Tartu_linnavalitsus, lk 24
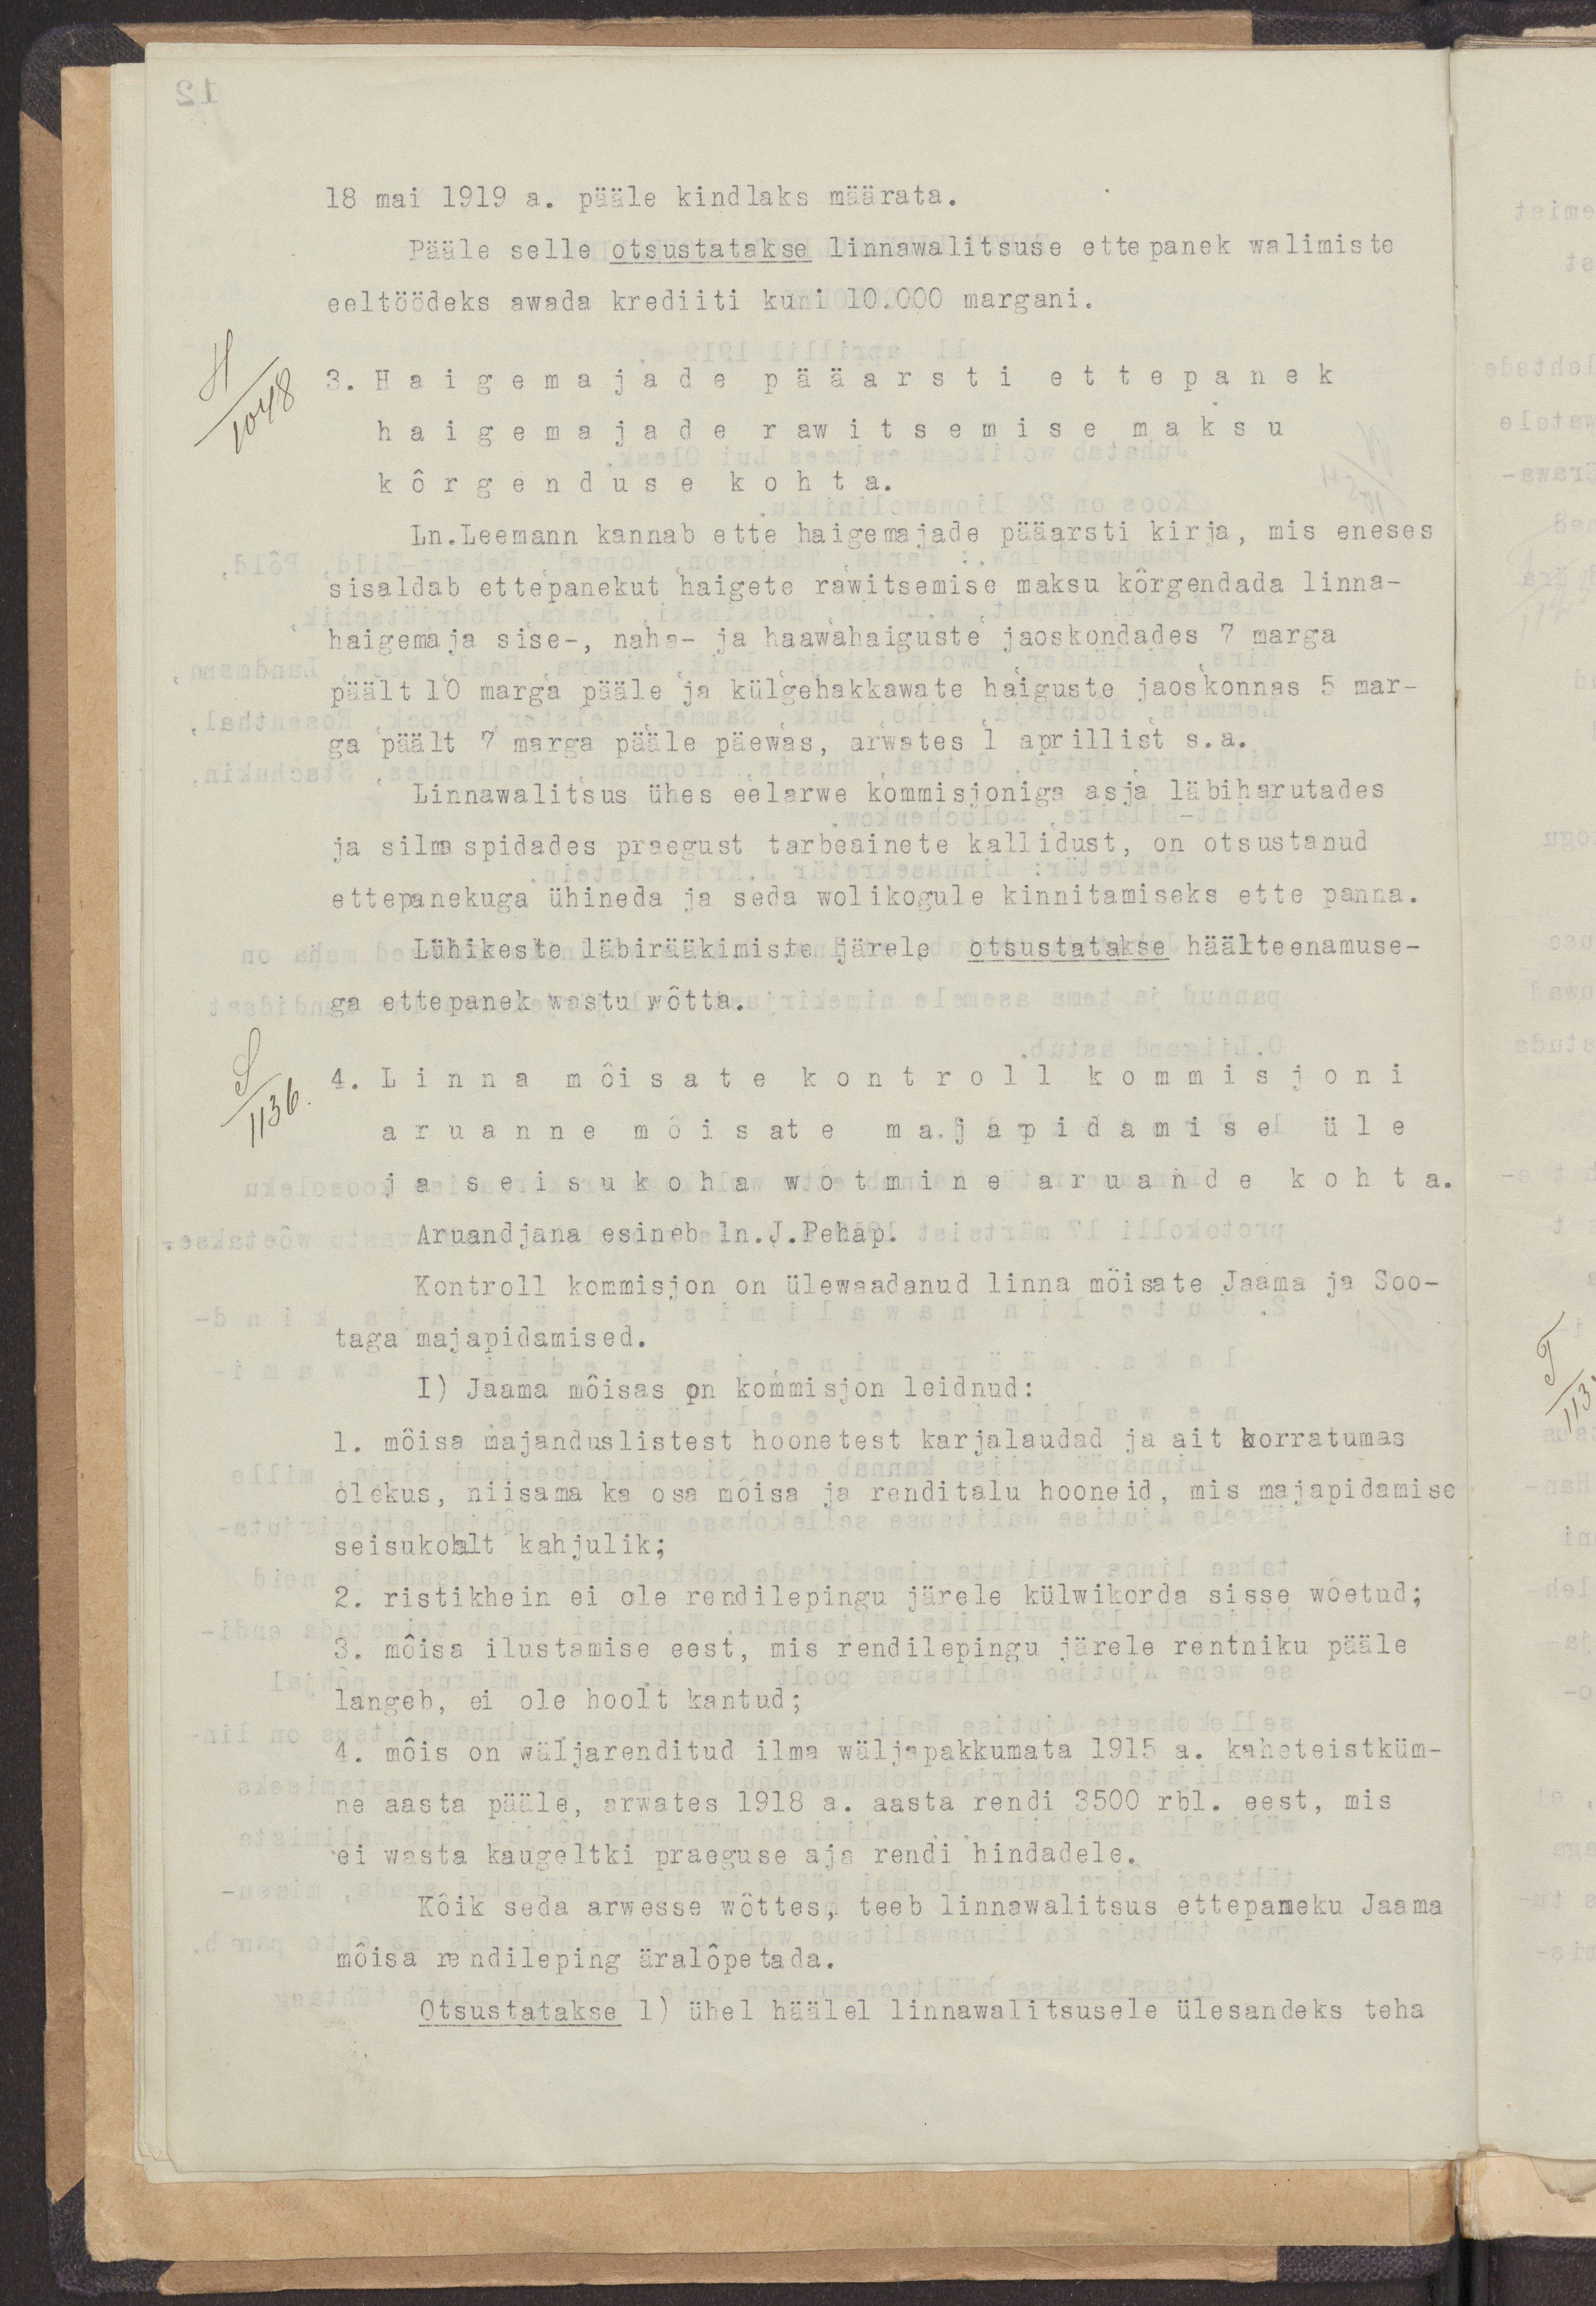
18 mai 1919 a. pääle kindlaks määrata.
Pääle selle otsustatakse linnawalitsuse ettepanek walimiste
eeltöödeks awada krediiti kuni 10.000 margani.
3. Haigemajade pääarsti ettepanek
haigemajade rawitsemise maksu
kõrgenduse kohta.
Ln. Leemann kannab ette haigemajade pääarsti kirja, mis eneses
sisaldab ettepanekut haigete rawitsemise maksu kürgendada linna-
haigemaja sise- naha- ja haawahaiguste jaoskondades 7 marga
päält 10 marga pääle ja külgehakkavate haiguste jaoskonnas 5 mar-
ga päält 7 marga pääle päewas, arwates 1 aprillist s.a.
Linnawalitsus ühes eelarwe kommisjoniga asja läbiharutades
ja silmaspidades praegust tarbeainete kallidust, on otsustanud
ettepanekuga ühineda ja seda wolikogule kinnitamiseks ette panna.
Lühikeste läbirääkimiste järele otsustatakse häälteenamuse-
ga ettepanek wastu wõtta.
4. Linna mõisate kontroll kommisjoni
aruanne mõisate majapidamise üle
ja seisukoha wõtmine aruande kohta.
Aruandjana esineb ln.J.Pehap.
Kontroll kommisjon on ülewaadanud linna mõisate Jaama ja Soo-
taga majapidamised.
1) Jaama mõisas on kommisjon leidnud:
1. mõisa majanduslistest hoonetest karjalaudad ja ait korratumas
olekus, niisama ka osa mõisa ja renditalu hooneid, mis majapidamise
seisukohalt kahjulik;
2. ristikhein ei ole rendilepingu järele külwikorda sisse wõetud;
3. mõisa ilustamise eest, mis rendilepingu järele rentniku pääle
langeb, ei ole hoolt kantud;
4. mõis on wäljarenditud ilma wäljapakkumata 1915 a. kaheteistküm-
ne aasta pääle, arwates 1918 a. aasta rendi 3500 rbl. eest, mis
ei wasta  kaugeltki praeguse aja rendi hindadele.
Kõik seda arwesse wõttes, teeb linnawalitsus ettepaneku Jaama
mõisa rendileping äralõpetada.
Otsustatakse 1) ühel häälel linnawalitsusele ülesandeks teha